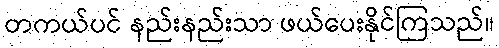
တကယ်ပင် နည်းနည်းသာ ဖယ်ပေးနိုင်ကြသည်။